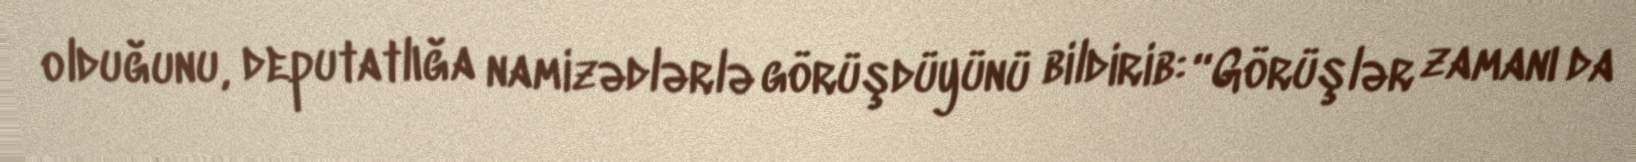
olduğunu, deputatlığa namizədlərlə görüşdüyünü bildirib: “Görüşlər zamanı da